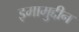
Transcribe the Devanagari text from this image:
इमामुद्दीन